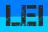
LEI